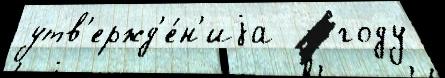
утв'ержд'е́н'иjа  - году